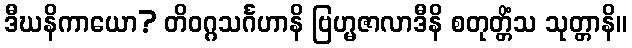
ဒီဃနိကာယော? တိဝဂ္ဂသင်္ဂဟာနိ ဗြဟ္မဇာလာဒီနိ စတုတ္တိံသ သုတ္တာနိ။